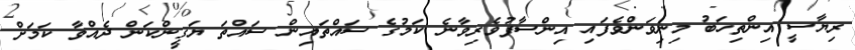
ރިޔާސީ އިންތިހަބު މިނިވަންވެފައި އިންސާފުވެރިވާނެ ކަމުގެ ސައްތައިން ސައްތަ ޔަގީންކަން ދެއްވާ ކަމަށް